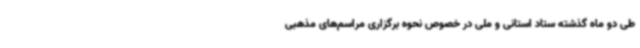
طی دو ماه گذشته ستاد استانی و ملی در خصوص نحوه برگزاری مراسم‌های مذهبی